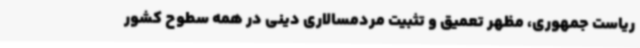
ریاست جمهوری، مظهر تعمیق و تثبیت مردمسالاری دینی در همه سطوح کشور